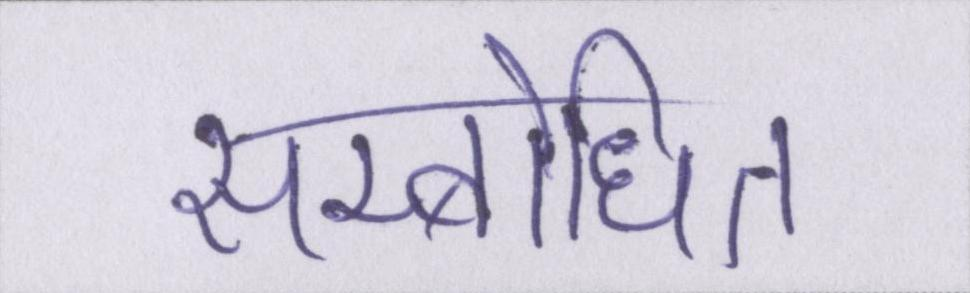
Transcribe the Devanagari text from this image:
सम्बोधित